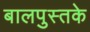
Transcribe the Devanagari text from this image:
बालपुस्तके